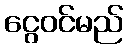
ငွေဝင်မည်